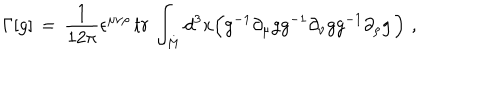
LaTeX: \Gamma [ g ] \, = \, { \frac { 1 } { 1 2 \pi } } \epsilon ^ { \mu \nu \rho } \, t r \, \int _ { M } d ^ { 3 } x \Big ( g ^ { - 1 } \partial _ { \mu } g g ^ { - 1 } \partial _ { \nu } g g ^ { - 1 } \partial _ { \rho } g \, \Big ) \, \, ,